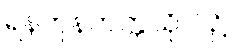
ရန်ကုန်တက္ကသိုလ်၌